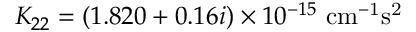
K _ { 2 2 } = ( 1 . 8 2 0 + 0 . 1 6 i ) \times 1 0 ^ { - 1 5 } ~ \mathrm { c m ^ { - 1 } s ^ { 2 } }